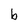
Character: b